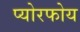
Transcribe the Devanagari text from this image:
प्योरफोय